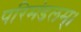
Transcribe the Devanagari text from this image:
परिमंडलम्।